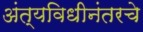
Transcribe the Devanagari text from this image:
अंत्यविधीनंतरचे